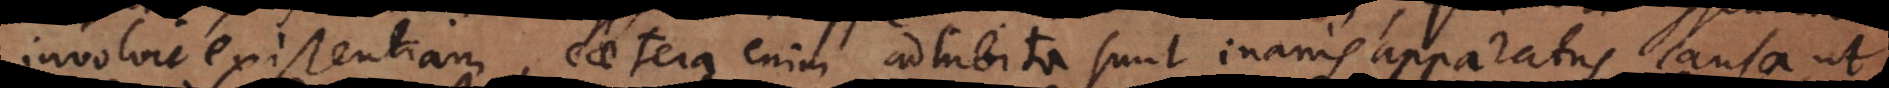
involvit existentiam, caetera enim adhibita sunt inanis apparatus causa, ut